Scottish Leaving Certificate Examination, 1951
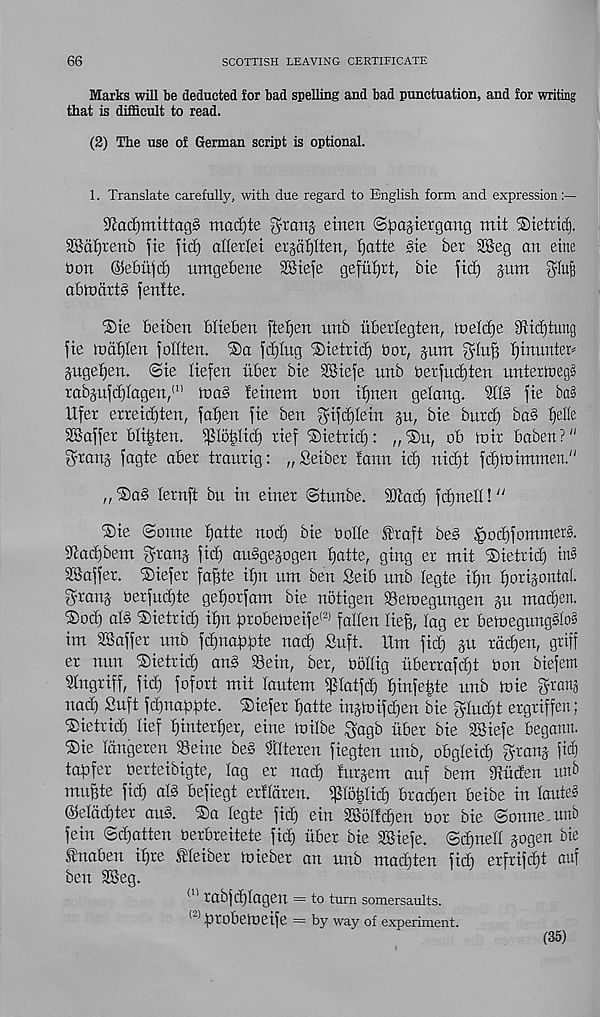
66
SCOTTISH LEAVING CERTIFICATE
Marks will ke deducted for bad spelling and bad punctuation, and for writing
that is difficult to read.
(2) The use of German script is optional.
1. Translate carefully, with due regard to English form and expression
9^ad)mittag§ macf)te grans- einen ©pastergang mit S)tetric^.
SBafjrenb fte fid) atterlei ersafylten, f)atte §te ber 2Seg an eine
Don @e6idd) nmgefiene dBiefe gefu£)rt, bie fid) sunt glu|
abtodrtS fenite.
®te beiben blteben ftef)en unb iiberlegten, ineld)e 9iid)tung
fte mdtilen fodten. ©a fd)Iug Dietrid) dor, %um glu^ fjinunten
Sngeljen. @te Itefen uber bte SKiefe unb oerfud)ten untertoegS
rabsufd)Iagen, (I) )na§ !etnent bon tijnen gelang.
fte ba§
Ufer erreidften, fafjen fte ben gtfdjletn stt, bte burd) ba§ ^elte
SBaffer bli^ten. $Io^Itd) rtef ‘Dietrid): „®u, ob tntr baben?"
grans f a 0te ab ei: traurig: „Seiber faun id) nid)t fdjinintnten."
„ ©aS lernft bu in einer ©tunbe. 2)lad) fdjnell! “
®ie (Sonne f)atte nod) bie bode firaft be§ |>od)fomnter§.
9^ac^bent grans fid) au§gesogen fjatte, ging ex ntit ®ietrid) in§
Staffer. ®iefer faffte if)n urn ben Seib unb legte ifjn fjorisontal
grans berfud)te ge^orfant bie notigen Setoegnngen su ntadjen.
®od) al§ ®ietrid) ilfn proben)eife (2, fallen lie^, lag er betoegung&oS
int SBaffer unb fdjnapftte nac^ Suft. lint fid) su rdc^en, griff
er nun ®ietrid) an§ 93eirt, ber, bollig itberrafdjt bon biefetn
Slngriff, fid) fofort ntit lantern ^latfd) ^infe^te unb toie grans
nad) Snft fdjnabbte. liefer fjatte instnifdjen bie glud)t ergriffen;
®ietrid) lief fjinterljer, eine tnilbe gagb ttber bie SSiefe begann.
®ie langeren Seine beg ^tlteren fiegten unb, obgleid) grans fief)
taftfer berteibigte, lag er nad) tursem auf bent diuden unb
ntu^te fid) alg befiegt erflaren. ^(bblid) brad)en beibe in Iaute3
©eldd)ter au§. 'Sa legte fid) ein SSolIdjen bor bie (Sonne.unb
fein ©djatten berbreitete fid) ttber bie SBiefe. ©d)nell sogen bie
tnaben if)re fleiber toieber an unb maebten fid) erfrifdjt auf
ben SSeg.
(n rabfdflagen = to turn somersaults.
* * ftrobetoeife = by way of experiment.
(35)